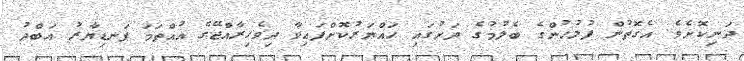
ދަނިކޮށެވެ. އެގޮތުން ފުލުހުންގެ ބެލުމުގެ ދަށުގައި ހައްޔަރުކޮށްފައިވާ ދިވެހިރާއްޖޭގެ އުއްތަަމަ ފަނޑިޔާރު އަބްދު